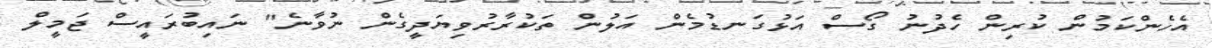
އެހެންކަމުން ކުރިން ހެދުނު ގޯސް އަޅުގަނޑުމެން އަލުން ތަކުރާރުވިޔަދީގެން ނުވާނެ" ނައިބުރައީސް ޖަމީލް